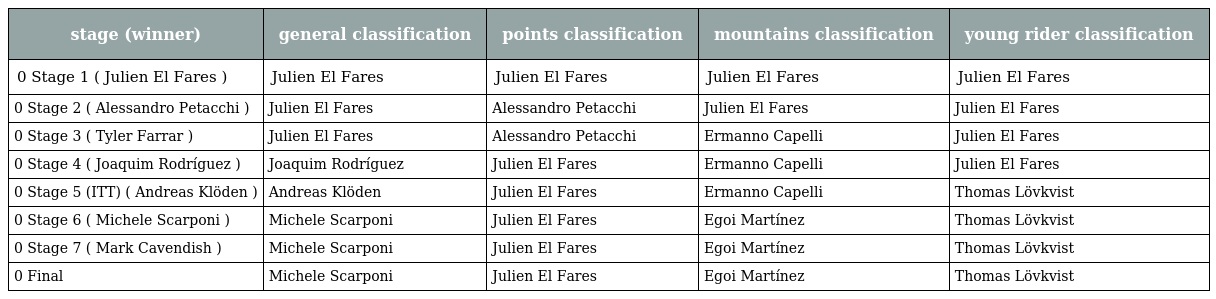
| stage (winner) | general classification | points classification | mountains classification | young rider classification |
 | --- | --- | --- | --- | --- |
 | 0 Stage 1 ( Julien El Fares ) | Julien El Fares | Julien El Fares | Julien El Fares | Julien El Fares |
 | 0 Stage 2 ( Alessandro Petacchi ) | Julien El Fares | Alessandro Petacchi | Julien El Fares | Julien El Fares |
 | 0 Stage 3 ( Tyler Farrar ) | Julien El Fares | Alessandro Petacchi | Ermanno Capelli | Julien El Fares |
 | 0 Stage 4 ( Joaquim Rodríguez ) | Joaquim Rodríguez | Julien El Fares | Ermanno Capelli | Julien El Fares |
 | 0 Stage 5 (ITT) ( Andreas Klöden ) | Andreas Klöden | Julien El Fares | Ermanno Capelli | Thomas Lövkvist |
 | 0 Stage 6 ( Michele Scarponi ) | Michele Scarponi | Julien El Fares | Egoi Martínez | Thomas Lövkvist |
 | 0 Stage 7 ( Mark Cavendish ) | Michele Scarponi | Julien El Fares | Egoi Martínez | Thomas Lövkvist |
 | 0 Final | Michele Scarponi | Julien El Fares | Egoi Martínez | Thomas Lövkvist |